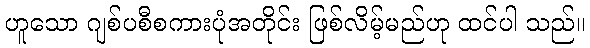
ဟူသော ဂျစ်ပစီစကားပုံအတိုင်း ဖြစ်လိမ့်မည်ဟု ထင်ပါ သည်။